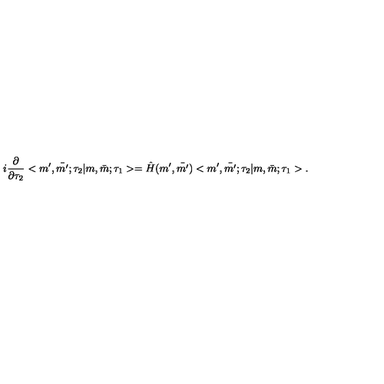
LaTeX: i \frac { \partial } { \partial \tau _ { 2 } } < m ^ { \prime } , \bar { m ^ { \prime } } ; \tau _ { 2 } | m , \bar { m } ; \tau _ { 1 } > = \hat { H } ( m ^ { \prime } , \bar { m ^ { \prime } } ) < m ^ { \prime } , \bar { m ^ { \prime } } ; \tau _ { 2 } | m , \bar { m } ; \tau _ { 1 } > .